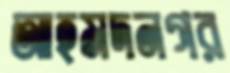
আহমদনগর